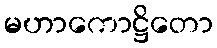
မဟာကောဋ္ဌိတော